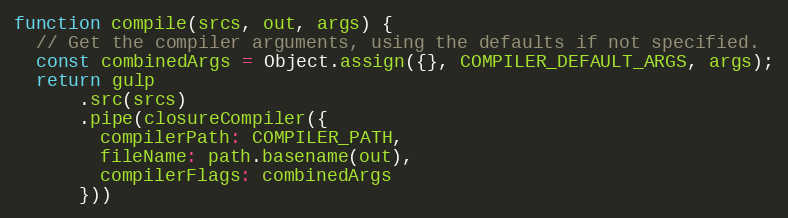
Language: JavaScript
function compile(srcs, out, args) {
  // Get the compiler arguments, using the defaults if not specified.
  const combinedArgs = Object.assign({}, COMPILER_DEFAULT_ARGS, args);
  return gulp
      .src(srcs)
      .pipe(closureCompiler({
        compilerPath: COMPILER_PATH,
        fileName: path.basename(out),
        compilerFlags: combinedArgs
      }))